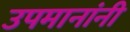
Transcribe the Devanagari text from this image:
उपमानांनी